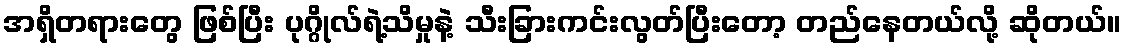
အရှိတရားတွေ ဖြစ်ပြီး ပုဂ္ဂိုလ်ရဲ့သိမှုနဲ့ သီးခြားကင်းလွတ်ပြီးတော့ တည်နေတယ်လို့ ဆိုတယ်။